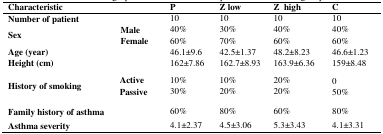
| <COLSPAN=2> Characteristic | P | Z low | Z high | C |
 | --- | --- | --- | --- | --- | --- |
 | <COLSPAN=2> Number of patient | 10 | 10 | 10 | 10 |
 | Sex | MaleFemale | 40%60% | 30%70% | 40%60% | 40%60% |
 | <COLSPAN=2> Age (year) | 46.1±9.6 | 42.5±1.37 | 48.2±8.23 | 46.6±1.23 |
 | <COLSPAN=2> Height (cm) | 162±7.86 | 162.7±8.93 | 163.9±6.36 | 159±8.48 |
 | History of smoking | ActivePassive | 10%30% | 10%20% | 20%20% | 050% |
 | <COLSPAN=2> Family history of asthma | 60% | 80% | 60% | 80% |
 | <COLSPAN=2> Asthma severity | 4.1±2.37 | 4.5±3.06 | 5.3±3.43 | 4.1±3.31 |